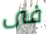
فى